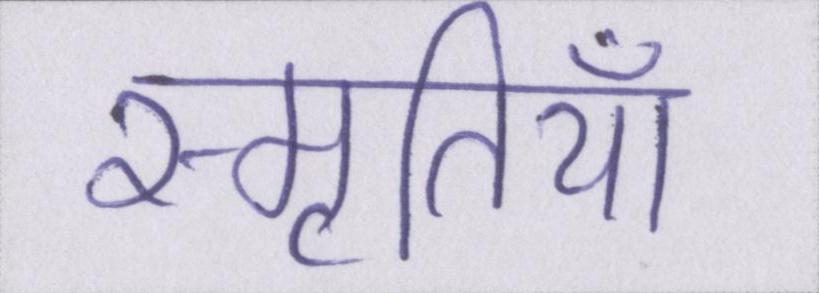
स्मृतियाँ